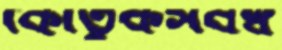
কৌতুকসর্বস্ব